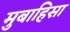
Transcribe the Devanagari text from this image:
मुबाहिसा